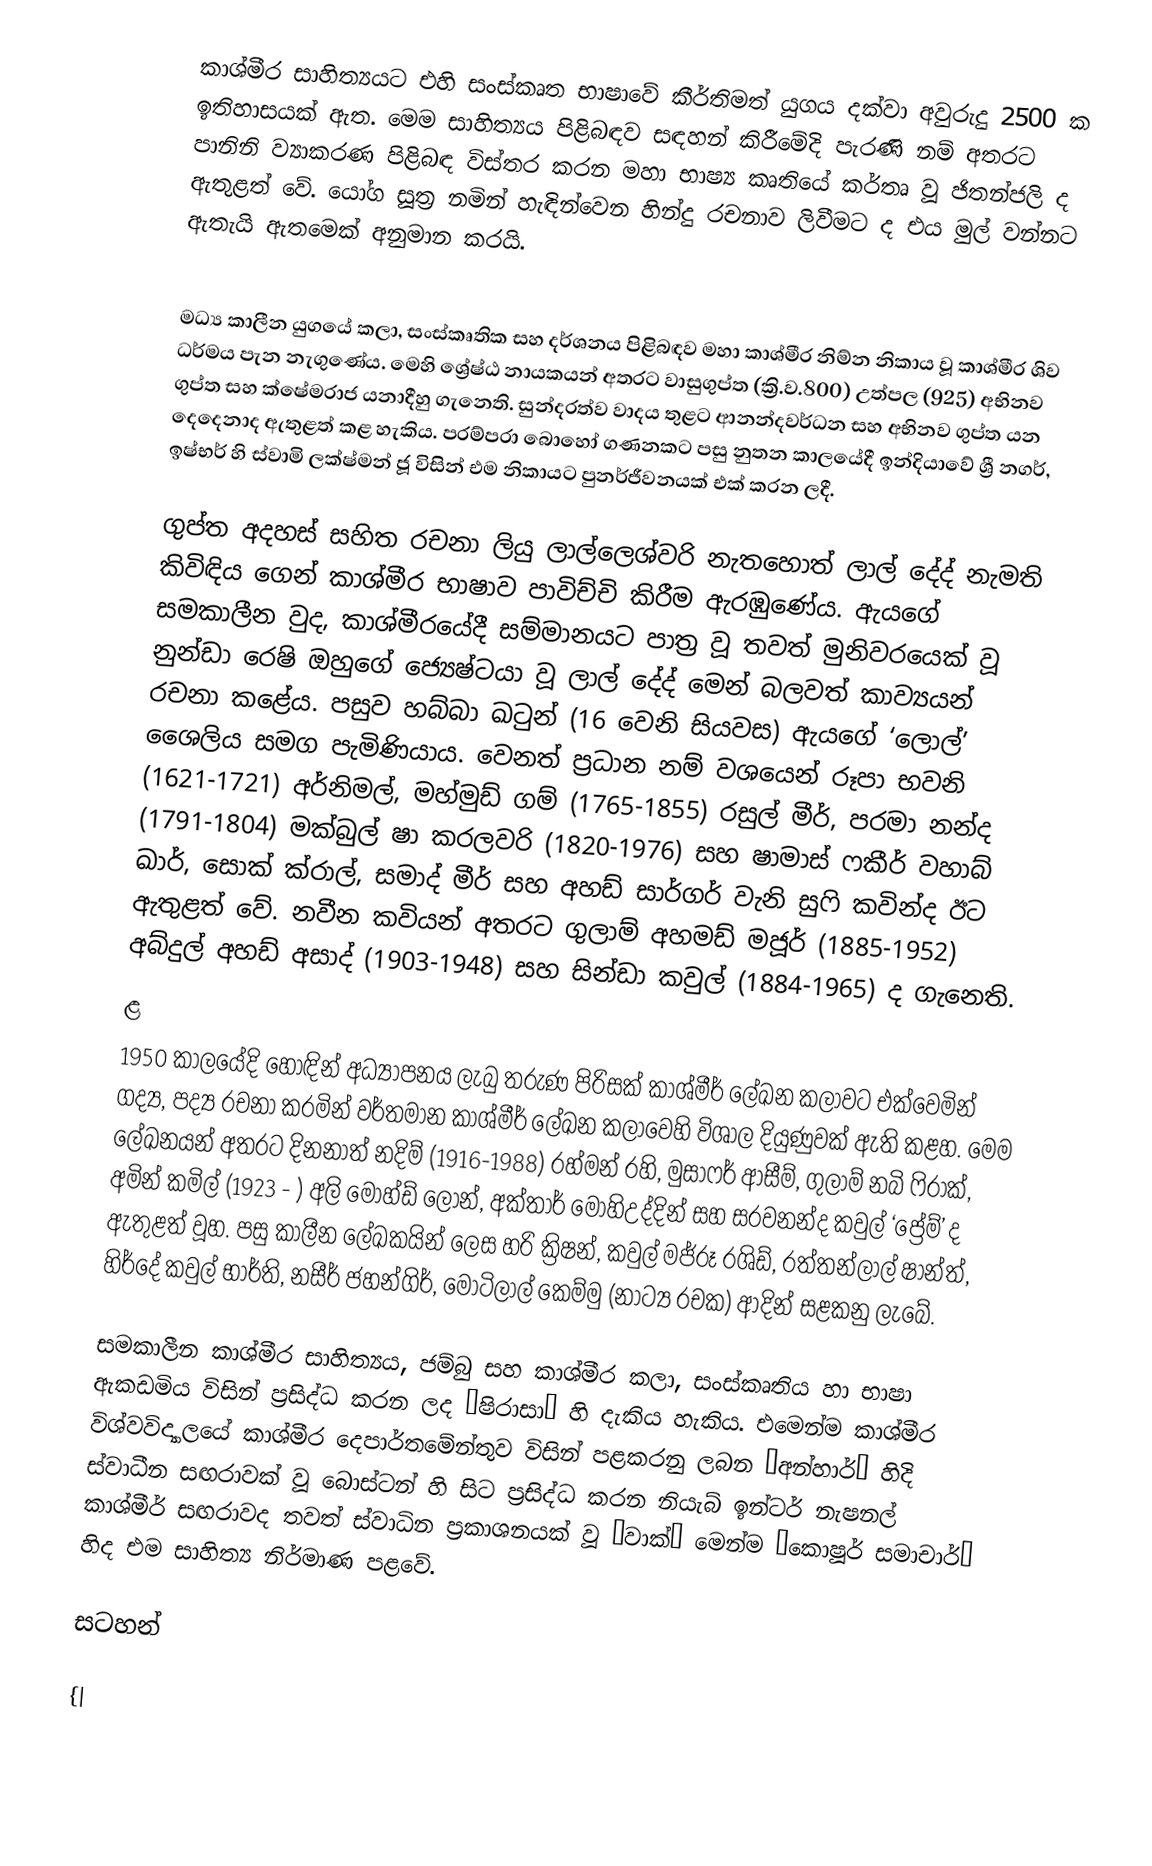
කාශ්මීර සාහිත්‍යයට එහි සංස්කෘත භාෂාවේ කීර්තිමත් යුගය දක්වා අවුරුදු 2500 ක ඉතිහාසයක් ඇත. මෙම සාහිත්‍යය පිළිබඳව සඳහන් කිරීමේදි පැරණි නම් අතරට පානිනි ව්‍යාකරණ පිළිබඳ විස්තර කරන මහා භාෂ්‍ය කෘතියේ කර්තෘ වූ ජිතන්ජලි ද ඇතුළත් වේ. යෝග සූත්‍ර නමින් හැඳින්වෙන හින්දු රචනාව ලිවීමට ද එය මුල් වන්නට ඇතැයි ඇතමෙක් අනුමාන කරයි.

මධ්‍ය කාලීන යුගයේ කලා, සංස්කෘතික සහ දර්ශනය පිළිබඳව මහා කාශ්මීර නිම්න නිකාය වූ කාශ්මීර ශිව ධර්මය පැන නැගුණේය. මෙහි ශ්‍රේෂ්ඨ නායකයන් අතරට වාසුගුප්ත (ක්‍රි.ව.800) උත්පල (925) අභිනව ගුප්ත සහ ක්ෂේමරාජ යනාදීහු ගැනෙති. සුන්දරත්ව වාදය තුළට ආනන්දවර්ධන සහ අභිනව ගුප්ත යන දෙදෙනාද ඇතුළත් කළ හැකිය. පරම්පරා බොහෝ ගණනකට පසු නුතන කාලයේදී ඉන්දියාවේ ශ්‍රී නගර්, ඉෂ්භර් හි ස්වාමි ලක්ෂ්මන් ජූ විසින් එම නිකායට පුනර්ජීවනයක් එක් කරන ලදී.

ගුප්ත අදහස් සහිත රචනා ලියු ලාල්ලෙශ්වරි නැතහොත් ලාල් දේද් නැමති කිවිඳිය ගෙන් කාශ්මීර භාෂාව පාවිච්චි කිරීම ඇරඹුණේය. ඇයගේ සමකාලීන වුද, කාශ්මීරයේදී සම්මානයට පාත්‍ර වූ තවත් මුනිවරයෙක් වූ නුන්ඩා රෙෂි ඔහුගේ ජ්‍යෙෂ්ටයා වූ ලාල් දේද් මෙන් බලවත් කාව්‍යයන් රචනා කළේය. පසුව හබ්බා ඛටුන් (16 වෙනි සියවස) ඇයගේ ‘ලොල්’ ශෛලිය සමග පැමිණියාය. වෙනත් ප්‍රධාන නම් වශයෙන් රූපා භවනි (1621-1721) අර්නිමල්, මහ්මුඩ් ගම් (1765-1855) රසුල් මීර්, පරමා නන්ද (1791-1804) මක්බුල් ෂා කරලවරි (1820-1976) සහ ෂාමාස් ෆකීර් වහාබ් ඛාර්, සොක් ක්රාල්, සමාද් මීර් සහ අහඩ් සාර්ගර් වැනි සුෆි කවින්ද ඊට ඇතුළත් වේ. නවීන කවියන් අතරට ගුලාම් අහමඩ් මජූර් (1885-1952) අබ්දුල් අහඩ් අසාද් (1903-1948) සහ සින්ඩා කවුල් (1884-1965) ද ගැනෙති.
ළ
1950 කාලයේදි හොඳින් අධ්‍යාපනය ලැබු තරුණ පිරිසක් කාශ්මීර් ලේඛන කලාවට එක්වෙමින් ගද්‍ය, පද්‍ය රචනා කරමින් වර්තමාන කාශ්මීර් ලේඛන කලාවෙහි විශාල දියුණුවක් ඇති කළහ. මෙම ලේඛනයන් අතරට දිනනාත් නදිම් (1916-1988) රහ්මන් රහි, මුසාෆර් ආසීම්, ගුලාම් නබි ෆිරාක්, අමින් කමිල් (1923 - ) අලි මොහ්ඩ් ලෝන්, අක්තාර් මොහිඋද්දින් සහ සරවනන්ද කවුල් ‘ප්‍රේම්’ ද ඇතුළත් වූහ. පසු කාලීන ලේඛකයින් ලෙස හරි ක්‍රිෂන්, කවුල් මජ්රූ රශිඩ්, රත්තන්ලාල් ෂාන්ත්, හිර්දේ කවුල් භාර්ති, නසීර් ජහන්ගිර්, මොටිලාල් කෙම්මු (නාට්‍ය රචක) ආදින් සළකනු ලැබේ.

සමකාලීන කාශ්මීර සාහිත්‍යය, ජම්බු සහ කාශ්මීර කලා, සංස්කෘතිය හා භාෂා ඇකඩමිය විසින් ප්‍රසිද්ධ කරන ලද “ෂිරාසා” හි දැකිය හැකිය. එමෙන්ම කාශ්මීර විශ්වවිද්‍යාලයේ කාශ්මීර දෙපාර්තමේන්තුව විසින් පළකරනු ලබන ‘අන්හාර්’ හිදි ස්වාධීන සඟරාවක් වූ බොස්ටන් හි සිට ප්‍රසිද්ධ කරන නියැබ් ඉන්ටර් නැෂනල් කාශ්මීර් සඟරාවද තවත් ස්වාධින ප්‍රකාශනයක් වූ ‘වාක්’ මෙන්ම ‘කොෂූර් සමාචාර්’ හිද එම සාහිත්‍ය නිර්මාණ පළවේ.

සටහන්

{|